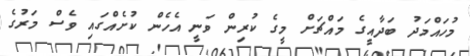
މުހައްމަދު ބަދާއީގެ މައްޗަށް މީގެ ކުރިން ވަނީ އެހެން ކުށެއްގަައި ވެސް މަރުގެ